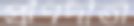
প্রাণদাতা